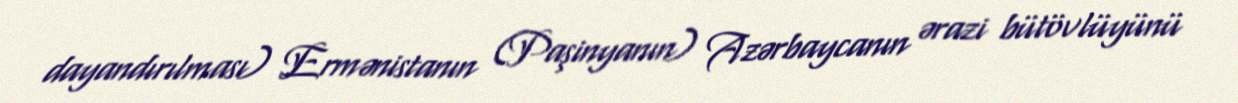
dayandırılması) Ermənistanın (Paşinyanın) Azərbaycanın ərazi bütövlüyünü